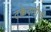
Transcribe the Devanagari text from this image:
टक्केवारीची